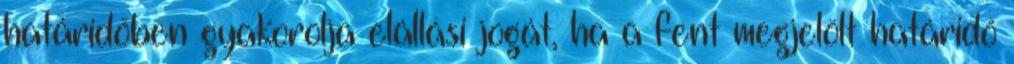
határidőben gyakorolja elállási jogát, ha a fent megjelölt határidő